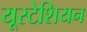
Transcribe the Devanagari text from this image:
यूस्टेशियन